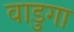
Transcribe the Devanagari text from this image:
वाडुगा